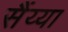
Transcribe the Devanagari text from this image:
सैंय्या